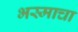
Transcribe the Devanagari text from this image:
भस्माचा